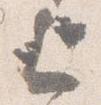
上